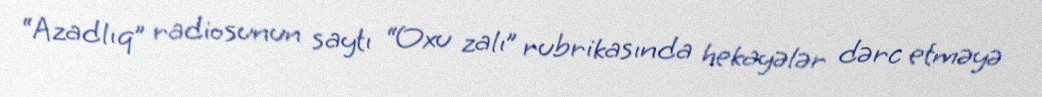
“Azadlıq” radiosunun saytı “Oxu zalı” rubrikasında hekayələr dərc etməyə